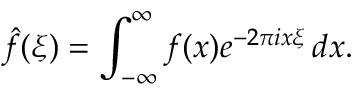
{ \hat { f } } ( \xi ) = \int _ { - \infty } ^ { \infty } f ( x ) e ^ { - 2 \pi i x \xi } \, d x .